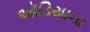
ઑડિયાના